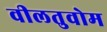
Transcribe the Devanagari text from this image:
वीलतुवोम